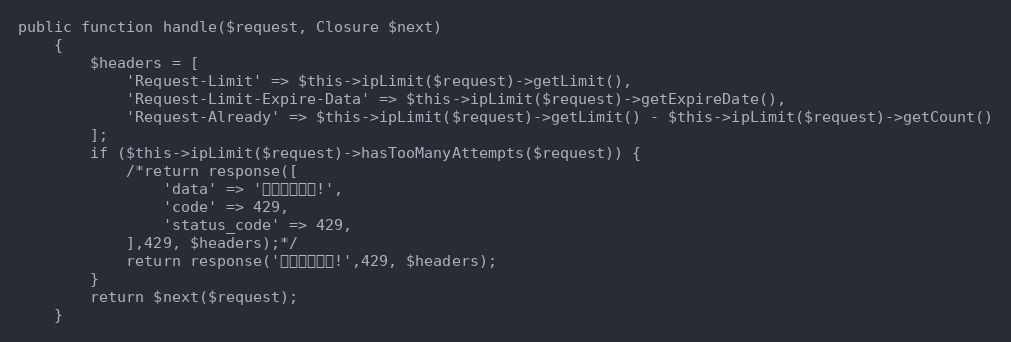
Language: PHP
public function handle($request, Closure $next)
    {
        $headers = [
            'Request-Limit' => $this->ipLimit($request)->getLimit(),
            'Request-Limit-Expire-Data' => $this->ipLimit($request)->getExpireDate(),
            'Request-Already' => $this->ipLimit($request)->getLimit() - $this->ipLimit($request)->getCount()
        ];
        if ($this->ipLimit($request)->hasTooManyAttempts($request)) {
            /*return response([
                'data' => '访问次数限制!',
                'code' => 429,
                'status_code' => 429,
            ],429, $headers);*/
			return response('访问次数限制!',429, $headers);
        }
        return $next($request);
    }